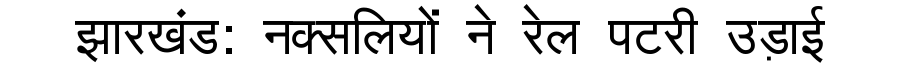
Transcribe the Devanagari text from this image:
झारखंड: नक्सलियों ने रेल पटरी उड़ाई